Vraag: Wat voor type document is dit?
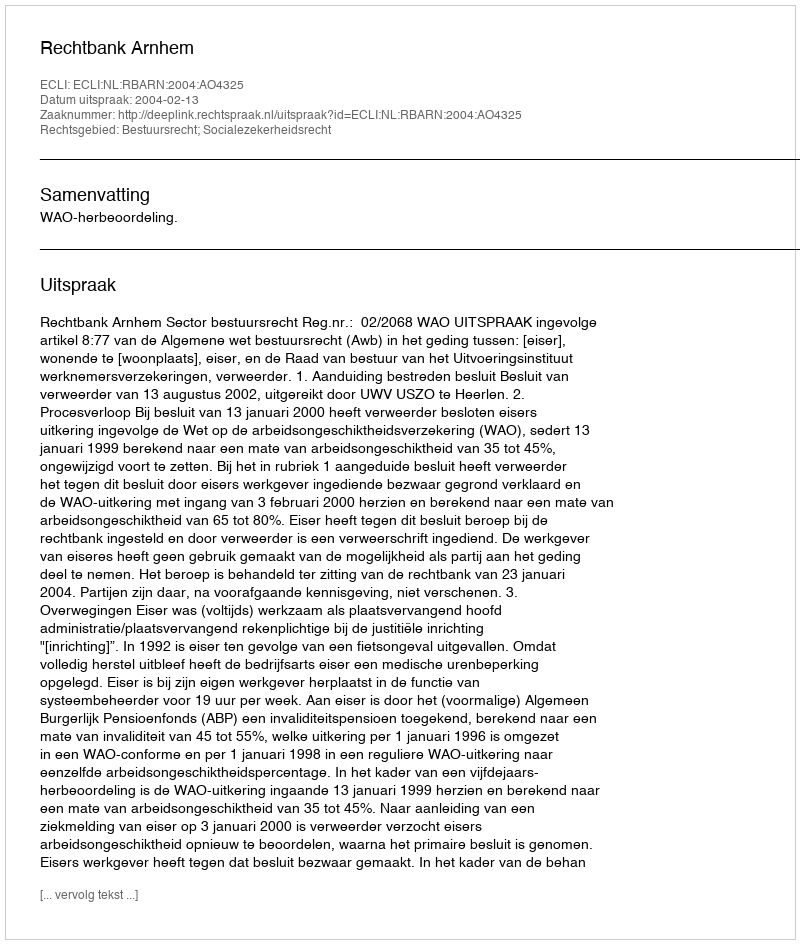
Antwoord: Uitspraak